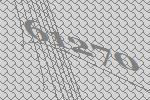
61270